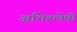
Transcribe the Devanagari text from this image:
अभिश्लेषी